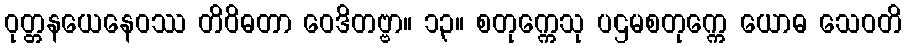
ဝုတ္တနယေနေဝဿ တိဝိဓတာ ဝေဒိတဗ္ဗာ။ ၁၃။ စတုက္ကေသု ပဌမစတုက္ကေ ယောဓ သေဝတိ